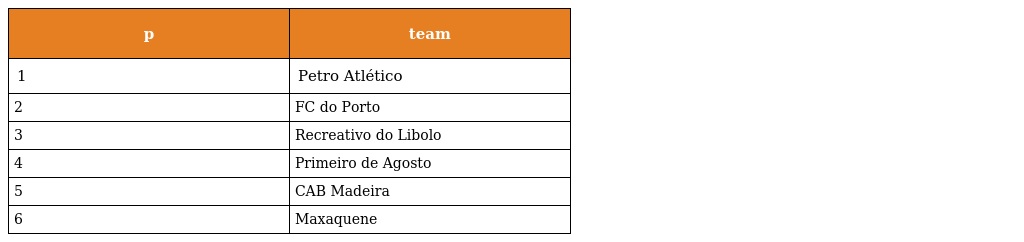
| p | team |
 | --- | --- |
 | 1 | Petro Atlético |
 | 2 | FC do Porto |
 | 3 | Recreativo do Libolo |
 | 4 | Primeiro de Agosto |
 | 5 | CAB Madeira |
 | 6 | Maxaquene |